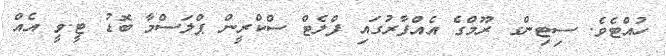
ހުއްޓެވެ. ސިޓިންގ ރޫމްގެ އެއްފާރުގައި ފްލެޓް ސްކްރީން ޕްލަސްމާ ބޮޑު ޓީ.ވީ އެއް